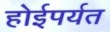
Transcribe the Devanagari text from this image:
होईपर्यत